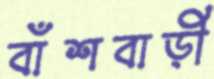
বাঁশবাড়ী